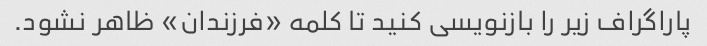
پاراگراف زیر را بازنویسی کنید تا کلمه «فرزندان» ظاهر نشود.